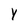
Character: Y